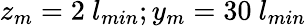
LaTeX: z_{m}=2~l_{min};y_{m}=30~l_{min}